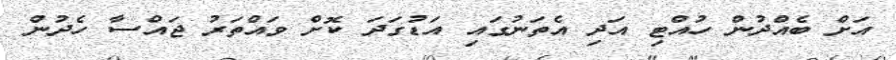
އަށް ބެއްދުން ހުއްޓި އަދި އެތަނުގައި އަޑުގަދަ ކޮށް ވައްތަރު ޖައްސާ ހެދުން